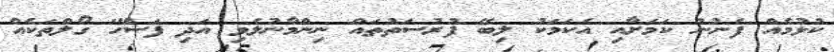
ކުޅުމެއް ފެނުނު ކަމަށާއި އެކަމަކު ލިބޭ ފުރުސަތުތައް ނިންމާނުލެވި އަދި ފަސޭހަ ގޯލްތަކެއް